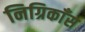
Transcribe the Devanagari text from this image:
निग्रिकाँस